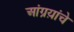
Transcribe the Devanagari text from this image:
आंग्रय़ांचे